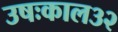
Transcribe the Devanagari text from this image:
उषःकाल३२